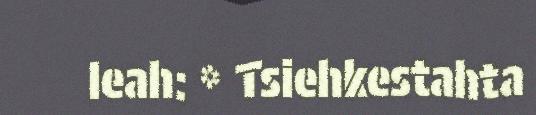
leah: * Tsiehkestahta